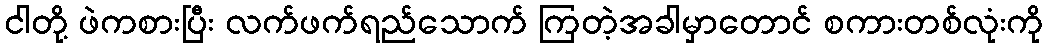
ငါတို့ ဖဲကစားပြီး လက်ဖက်ရည်သောက် ကြတဲ့အခါမှာတောင် စကားတစ်လုံးကို